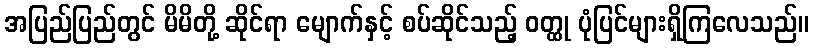
အပြည်ပြည်တွင် မိမိတို့ ဆိုင်ရာ မျောက်နှင့် စပ်ဆိုင်သည့် ဝတ္ထု ပုံပြင်များရှိကြလေသည်။